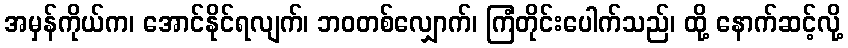
အမှန်ကိုယ်က၊ အောင်နိုင်ရလျက်၊ ဘဝတစ်လျှောက်၊ ကြံတိုင်းပေါက်သည်၊ ထို့ နောက်ဆင့်လို့